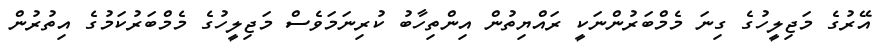
އޭރުގެ މަޖިލީހުގެ ގިނަ މެމްބަރުންނަކީ ރައްޔިތުން އިންތިހާބު ކުރިނަމަވެސް މަޖިލީހުގެ މެމްބަރުކަމުގެ އިތުރުން